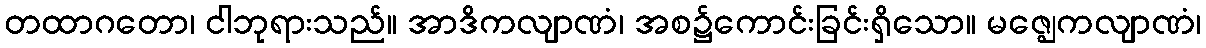
တထာဂတော၊ ငါဘုရားသည်။ အာဒိကလျာဏံ၊ အစ၌ကောင်းခြင်းရှိသော။ မဇ္ဈေကလျာဏံ၊